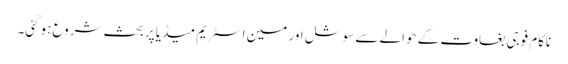
ناکام فوجی بغاوت کے حوالے سے سوشل اور مین اسٹریم میڈیا پر بحث شروع ہوگئی۔